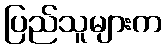
ပြည်သူများက